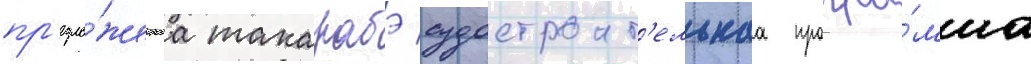
пр'едло́женнаа такарабэ судостроит'ельнаа програ́мма